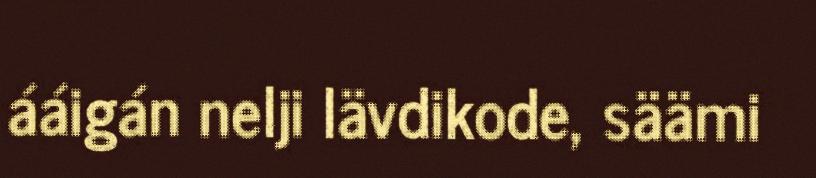
ááigán nelji lävdikode, säämi